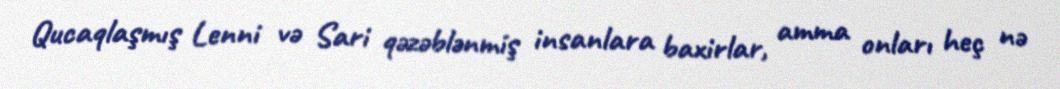
Qucaqlaşmış Lenni və Sari qəzəblənmiş insanlara baxirlar, amma onları heç nə